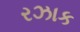
રઝાક